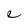
Character: e